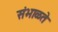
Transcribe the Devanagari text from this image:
संभाळते